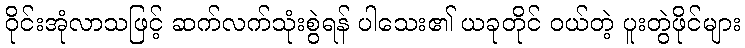
ဝိုင်းအုံလာသဖြင့် ဆက်လက်သုံးစွဲရန် ပါသေး၏ ယခုတိုင် ဝယ်တဲ့ ပူးတွဲဖိုင်များ